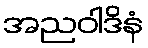
အညဝါဒိနံ